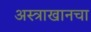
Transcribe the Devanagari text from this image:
अस्त्राखानचा